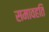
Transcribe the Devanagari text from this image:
समावहति